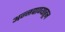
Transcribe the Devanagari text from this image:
अन्नपाण्याहून